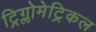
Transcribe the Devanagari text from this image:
ट्रिग्लोमेट्रिकल